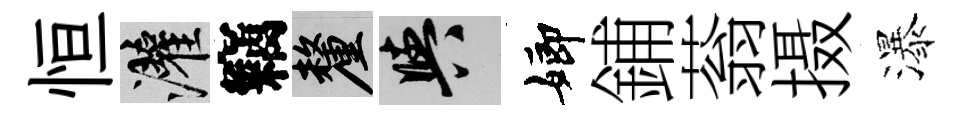
恒灌竊厘阳嫏鋪蓊摄瀑